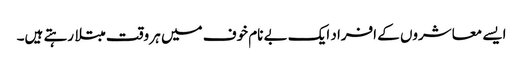
ایسے معاشروں کے افراد ایک بے نام خوف میں ہر وقت مبتلا رہتے ہیں۔